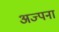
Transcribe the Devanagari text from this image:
अज्पना